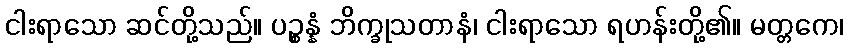
ငါးရာသော ဆင်တို့သည်။ ပဉ္စန္နံ ဘိက္ခုသတာနံ၊ ငါးရာသော ရဟန်းတို့၏။ မတ္တကေ၊